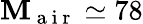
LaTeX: \mathbf{M}_{\mathrm{{~a~i~r~}}}\simeq78